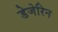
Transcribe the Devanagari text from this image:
डेजेरिन